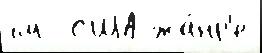
см  США жа́нр'е